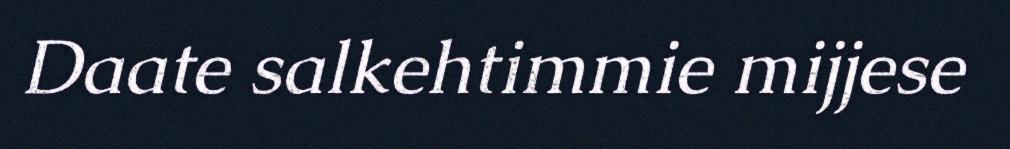
Daate salkehtimmie mijjese